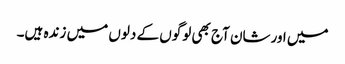
میں اورشان آج بھی لوگوں کے دلوں میں زندہ ہیں۔